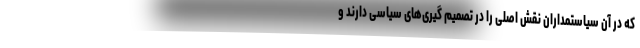
که در آن سیاستمداران نقش اصلی را در تصمیم گیری‌های سیاسی دارند و